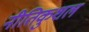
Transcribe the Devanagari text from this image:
नीतिकुशल